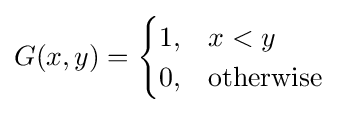
G(x,y)={\begin{cases}1,&x<y\\0,&{\text{otherwise}}\end{cases}}